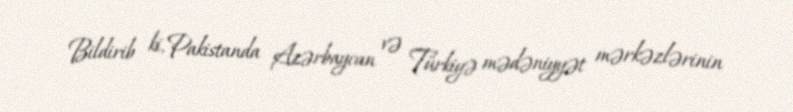
Bildirib ki, Pakistanda Azərbaycan və Türkiyə mədəniyyət mərkəzlərinin